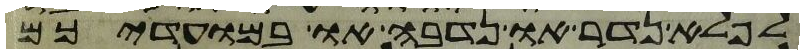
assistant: לפלא נדר או נדבה או במועדיכם